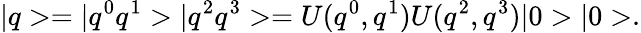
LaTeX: |q>=|q^{0}q^{1}>|q^{2}q^{3}>=U(q^{0},q^{1})U(q^{2},q^{3})|0>|0>.